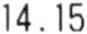
14.15